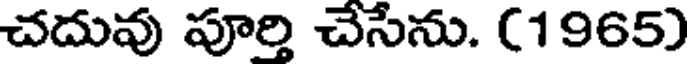
చదువు పూర్తి చేసేను. (1965)